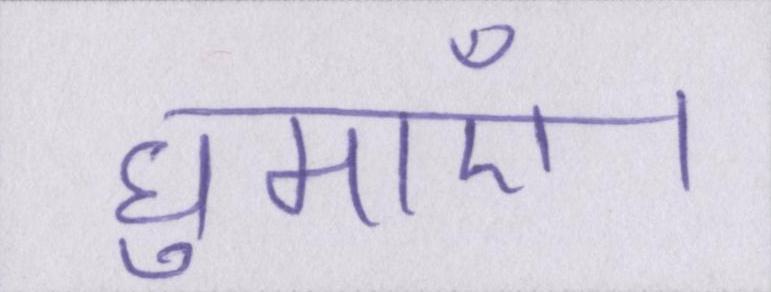
घुमाएँ।